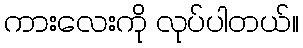
ကားလေးကို လုပ်ပါတယ်။